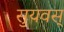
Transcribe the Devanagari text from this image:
सुयवस्